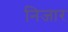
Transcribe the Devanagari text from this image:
निजार